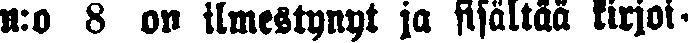
n:o 8 on ilmestynyt ja sisältää kirjoi-